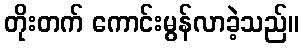
တိုးတက် ကောင်းမွန်လာခဲ့သည်။